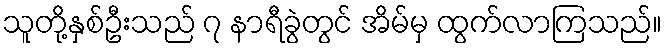
သူတို့နှစ်ဦးသည် ၇ နာရီခွဲတွင် အိမ်မှ ထွက်လာကြသည်။